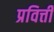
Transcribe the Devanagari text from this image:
प्रवित्ती